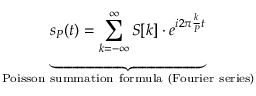
\underbrace { s _ { P } ( t ) = \sum _ { k = - \infty } ^ { \infty } S [ k ] \cdot e ^ { i 2 \pi { \frac { k } { P } } t } } _ { \mathrm { P o i s s o n ~ s u m m a t i o n ~ f o r m u l a ~ ( F o u r i e r ~ s e r i e s ) } }